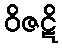
ဝိဇဋိ